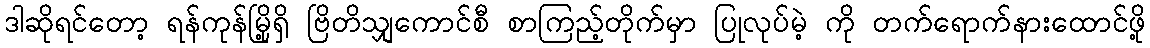
ဒါဆိုရင်တော့ ရန်ကုန်မြို့ရှိ ဗြိတိသျှကောင်စီ စာကြည့်တိုက်မှာ ပြုလုပ်မဲ့ ကို တက်ရောက်နားထောင်ဖို့